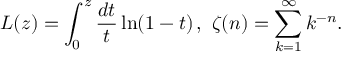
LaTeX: L ( z ) = \int _ { 0 } ^ { z } \frac { d t } t \ln ( 1 - t ) \, , \, \, \zeta ( n ) = \sum _ { k = 1 } ^ { \infty } k ^ { - n } .